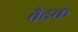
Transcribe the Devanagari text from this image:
वैदक